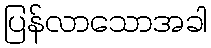
ပြန်လာသောအခါ